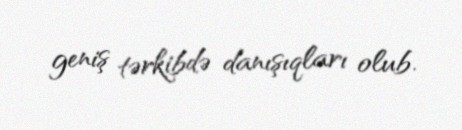
geniş tərkibdə danışıqları olub.